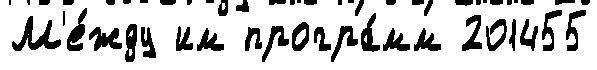
М'е́жду им програ́мм 201455